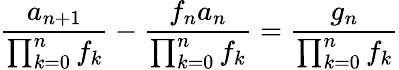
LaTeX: {\frac{a_{n+1}}{\prod_{k=0}^{n}f_{k}}}-{\frac{f_{n}a_{n}}{\prod_{k=0}^{n}f_{k}}}={\frac{g_{n}}{\prod_{k=0}^{n}f_{k}}}